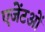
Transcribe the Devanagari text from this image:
एजेंटओं